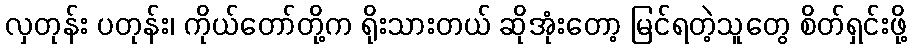
လှတုန်း ပတုန်း၊ ကိုယ်တော်တို့က ရိုးသားတယ် ဆိုအုံးတော့ မြင်ရတဲ့သူတွေ စိတ်ရှင်းဖို့